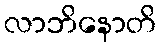
လာဘိနောတိ